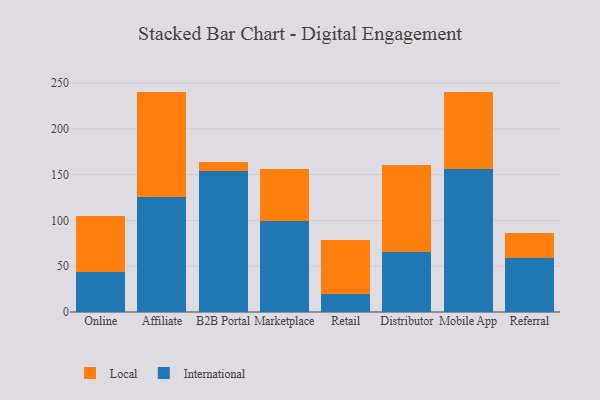
{"axis": {"x": "Channel", "y": "Gross Profit (USD K)"}, "legend": ["International", "Local"], "data": [{"x": "Online", "y": 44.1, "type": "International"}, {"x": "Online", "y": 60.4, "type": "Local"}, {"x": "Affiliate", "y": 126.0, "type": "International"}, {"x": "Affiliate", "y": 114.7, "type": "Local"}, {"x": "B2B Portal", "y": 154.0, "type": "International"}, {"x": "B2B Portal", "y": 10.0, "type": "Local"}, {"x": "Marketplace", "y": 99.4, "type": "International"}, {"x": "Marketplace", "y": 56.4, "type": "Local"}, {"x": "Retail", "y": 19.6, "type": "International"}, {"x": "Retail", "y": 58.9, "type": "Local"}, {"x": "Distributor", "y": 65.5, "type": "International"}, {"x": "Distributor", "y": 95.5, "type": "Local"}, {"x": "Mobile App", "y": 156.0, "type": "International"}, {"x": "Mobile App", "y": 84.7, "type": "Local"}, {"x": "Referral", "y": 58.9, "type": "International"}, {"x": "Referral", "y": 27.1, "type": "Local"}]}